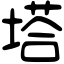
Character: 塔